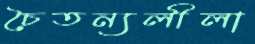
চৈতন্যলীলা